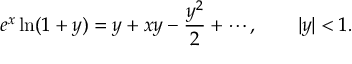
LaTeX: e ^ { x } \ln ( 1 + y ) = y + x y - { \frac { y ^ { 2 } } { 2 } } + \cdots , \qquad | y | < 1 .